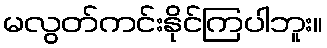
မလွတ်ကင်းနိုင်ကြပါဘူး။